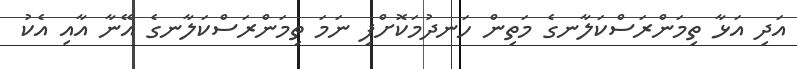
އަދި އަޅާ ތިމަންރަސްކަލާނގެ މަތިން ހަނދުމަކޮށްފި ނަމަ ތިމަންރަސްކަލާނގެ އޭނާ އާއި އެކު